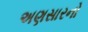
અણસારનો